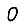
Digit: 0